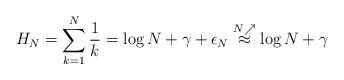
LaTeX: \begin{align*} H_N=\sum_{k=1}^N \frac{1}{k}=\log N +\gamma+ \epsilon_N\stackrel{N\nearrow}{\approx} \log N + \gamma\end{align*}